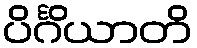
ပိင်္ဂိယာတိ